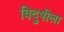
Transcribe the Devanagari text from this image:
विदुषीला